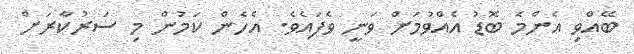
ބޭއްވި އެންމެ ބޮޑު އެއްވުމަށް ވަނީ ވެފައެވެ. އެހެން ކަމުން މި ސަރުކާރަށް